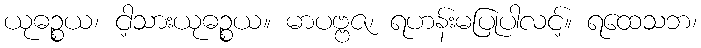
ယုဓဉ္စယ၊ ငါ့သားယုဓဉ္စယ။ မာပဗ္ဗဇ၊ ရဟန်းမပြုပါလင့်။ ရထေသဘ၊